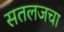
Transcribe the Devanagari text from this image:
सतलजचा